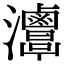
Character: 𤅦